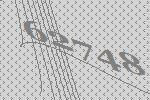
62748